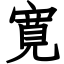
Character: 寛